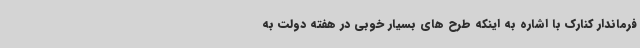
فرماندار کنارک با اشاره به اینکه طرح های بسیار خوبی در هفته دولت به